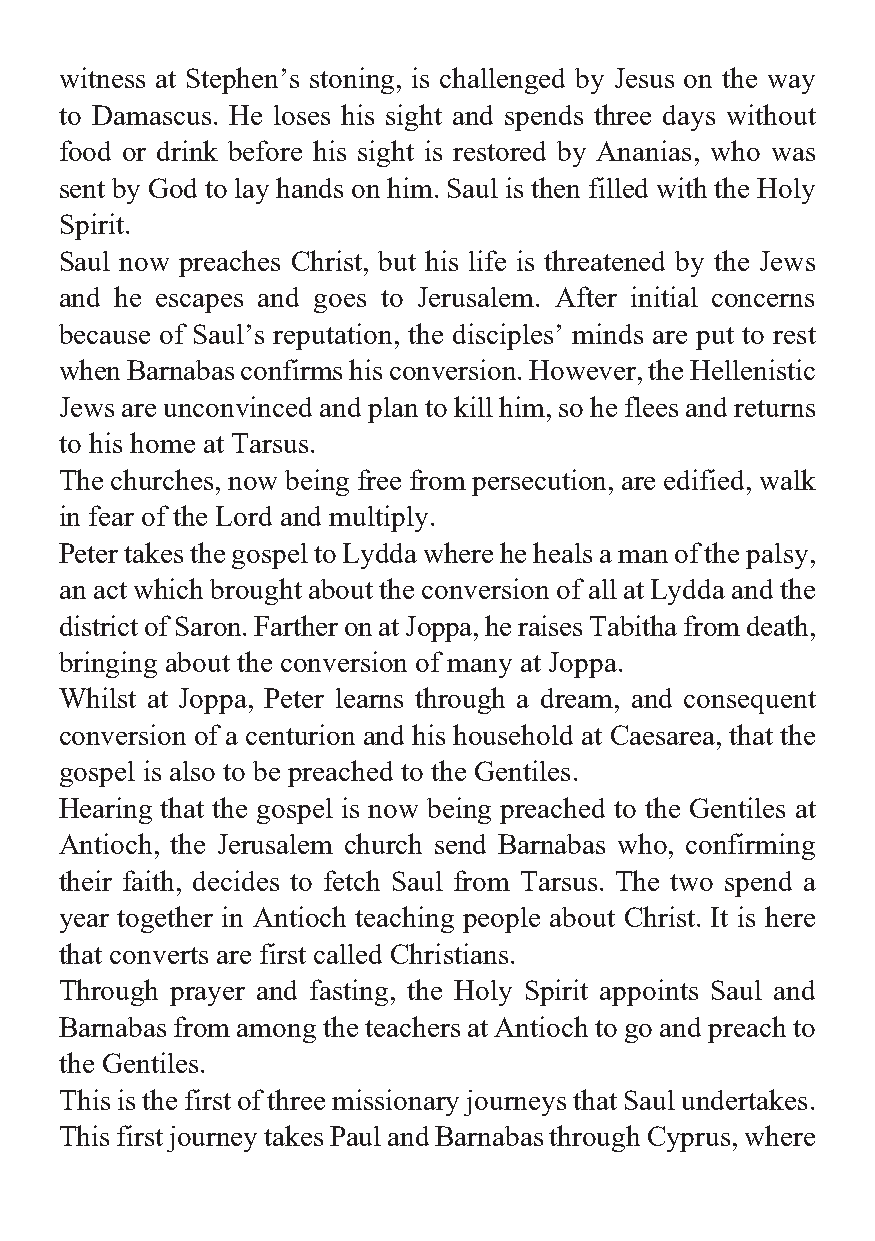
witness at Stephen’s stoning, is challenged by Jesus on the way
 to Damascus. He loses his sight and spends three days without
 food or drink before his sight is restored by Ananias, who was
 sent by God to lay hands on him. Saul is then filled with the Holy
 Spirit.
 Saul now preaches Christ, but his life is threatened by the Jews
 and he escapes and goes to Jerusalem. After initial concerns
 because of Saul’s reputation, the disciples’ minds are put to rest
 when Barnabas confirms his conversion. However, the Hellenistic
 Jews are unconvinced and plan to kill him, so he flees and returns
 to his home at Tarsus.
 The churches, now being free from persecution, are edified, walk
 in fear of the Lord and multiply.
 Peter takes the gospel to Lydda where he heals a man of the palsy,
 an act which brought about the conversion of all at Lydda and the
 district of Saron. Farther on at Joppa, he raises Tabitha from death,
 bringing about the conversion of many at Joppa.
 Whilst at Joppa, Peter learns through a dream, and consequent
 conversion of a centurion and his household at Caesarea, that the
 gospel is also to be preached to the Gentiles.
 Hearing that the gospel is now being preached to the Gentiles at
 Antioch, the Jerusalem church send Barnabas who, confirming
 their faith, decides to fetch Saul from Tarsus. The two spend a
 year together in Antioch teaching people about Christ. It is here
 that converts are first called Christians.
 Through prayer and fasting, the Holy Spirit appoints Saul and
 Barnabas from among the teachers at Antioch to go and preach to
 the Gentiles.
 This is the first of three missionary journeys that Saul undertakes.
 This first journey takes Paul and Barnabas through Cyprus, where